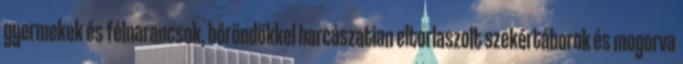
gyermekek és félnarancsok, bőröndökkel harcászatian eltorlaszolt szekértáborok és mogorva